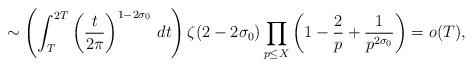
LaTeX: \begin{align*}&\sim\left(\int_T^{2T}\left(\frac{t}{2\pi}\right)^{1-2\sigma_0}\,dt\right)\zeta(2-2\sigma_0)\prod_{p\leq X}\left(1-\frac{2}{p}+\frac{1}{p^{2\sigma_0}}\right)=o(T),\end{align*}